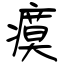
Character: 瘼